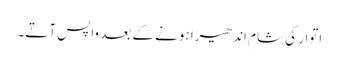
اتوار کی شام اندھیرا ہونے کے بعد واپس آتے۔